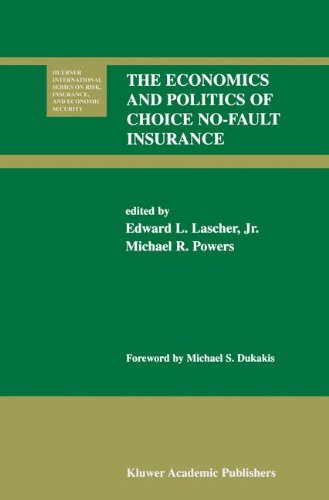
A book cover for The Economics and Politics of Choice No-Fault Insurance (Huebner International Series on Risk, Insurance and Economic Security); Engineering & Transportation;